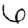
Digit: 6